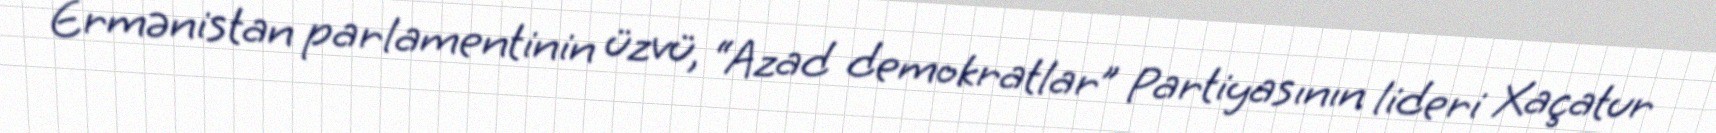
Ermənistan parlamentinin üzvü, “Azad demokratlar” Partiyasının lideri Xaçatur